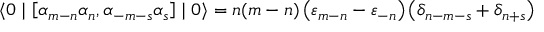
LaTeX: \langle 0 \mid \left[ { \alpha } _ { m - n } { \alpha } _ { n } , { \alpha } _ { - m - s } { \alpha } _ { s } \right] \mid 0 \rangle = n ( m - n ) \left( { \varepsilon } _ { m - n } - { \varepsilon } _ { - n } \right) \left( { \delta } _ { n - m - s } + { \delta } _ { n + s } \right)